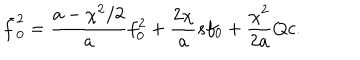
\bar { f } _ { 0 } ^ { 2 } = \frac { a - \chi ^ { 2 } / 2 } { a } f _ { 0 } ^ { 2 } + \frac { 2 \chi } { a } s f _ { 0 } + \frac { \chi ^ { 2 } } { 2 a } Q c .